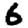
Digit: 6